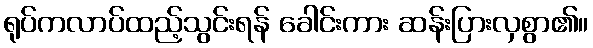
ရုပ်ကလာပ်ထည့်သွင်းရန် ခေါင်းကား ဆန်းပြားလှစွာ၏။